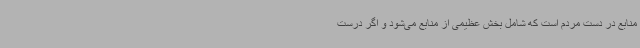
منابع در دست مردم است که شامل بخش عظیمی از منابع می‌شود و اگر درست